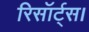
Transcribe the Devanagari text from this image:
रिसॉर्ट्स।